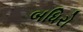
બધિરો